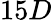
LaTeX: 15D